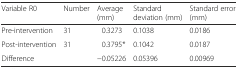
| Variable R0 | Number | Average (mm) | Standard deviation (mm) | Standard error (mm) |
 | --- | --- | --- | --- | --- |
 | Pre-intervention | 31 | 0.3273 | 0.1038 | 0.0186 |
 | Post-intervention | 31 | 0.3795* | 0.1042 | 0.0187 |
 | Difference |  | −0.05226 | 0.05396 | 0.00969 |